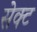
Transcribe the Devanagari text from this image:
सेक्‍ट